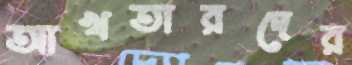
আখতারদের